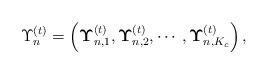
LaTeX: \begin{align*} \Upsilon_n^{(t)}=\left(\mathbf{\Upsilon}_{n,1}^{(t)},\mathbf{\Upsilon}_{n,2}^{(t)},\cdots,\mathbf{\Upsilon}_{n,K_c}^{(t)}\right), \end{align*}